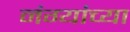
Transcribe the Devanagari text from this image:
नंग्यांच्या